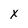
Character: x